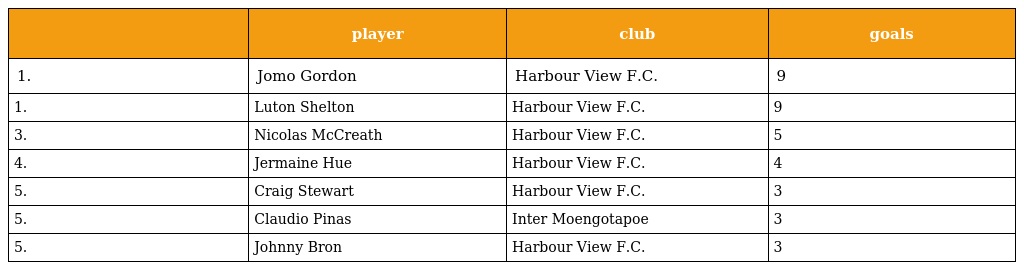
|  | player | club | goals |
 | --- | --- | --- | --- |
 | 1. | Jomo Gordon | Harbour View F.C. | 9 |
 | 1. | Luton Shelton | Harbour View F.C. | 9 |
 | 3. | Nicolas McCreath | Harbour View F.C. | 5 |
 | 4. | Jermaine Hue | Harbour View F.C. | 4 |
 | 5. | Craig Stewart | Harbour View F.C. | 3 |
 | 5. | Claudio Pinas | Inter Moengotapoe | 3 |
 | 5. | Johnny Bron | Harbour View F.C. | 3 |